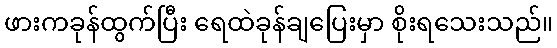
ဖားကခုန်ထွက်ပြီး ရေထဲခုန်ချပြေးမှာ စိုးရသေးသည်။